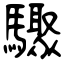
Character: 驟